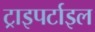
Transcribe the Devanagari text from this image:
ट्राइपर्टाइल